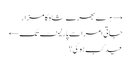
→ ہرے بھرے شاہ کا مزار
جاتی امرا سے پارلیمنٹ تک ←
عید کب ہوگی؟